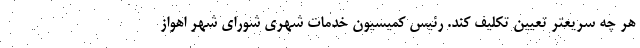
هر چه سریعتر تعیین تکلیف کند. رئیس کمیسیون خدمات شهری شورای شهر اهواز